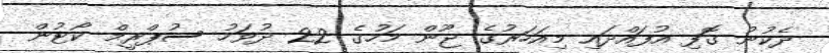
ދެކުނު ގޮފި އުފައްދައި މިއަހަރުގެ ޖޫން މަހުގެ 22 ދުވަހު ސުޕްރީމް ކޯޓުން